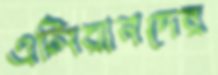
এলিয়ানদের